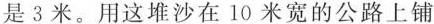
是 3 米。用这堆沙在 10 米宽的公路上铺